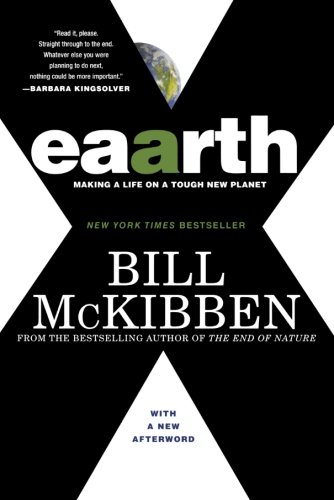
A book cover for Eaarth: Making a Life on a Tough New Planet; Bill McKibben; Crafts, Hobbies & Home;